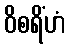
ဝိစရိံဟံ